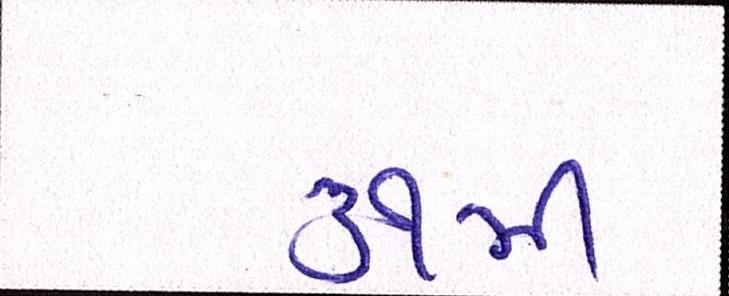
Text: ૩૧મી